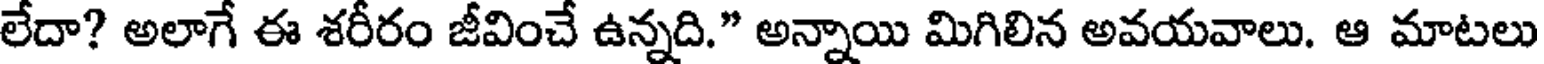
లేదా? అలాగే ఈ శరీరం జీవించే ఉన్నది." అన్నాయి మిగిలిన అవయవాలు. ఆ మాటలు